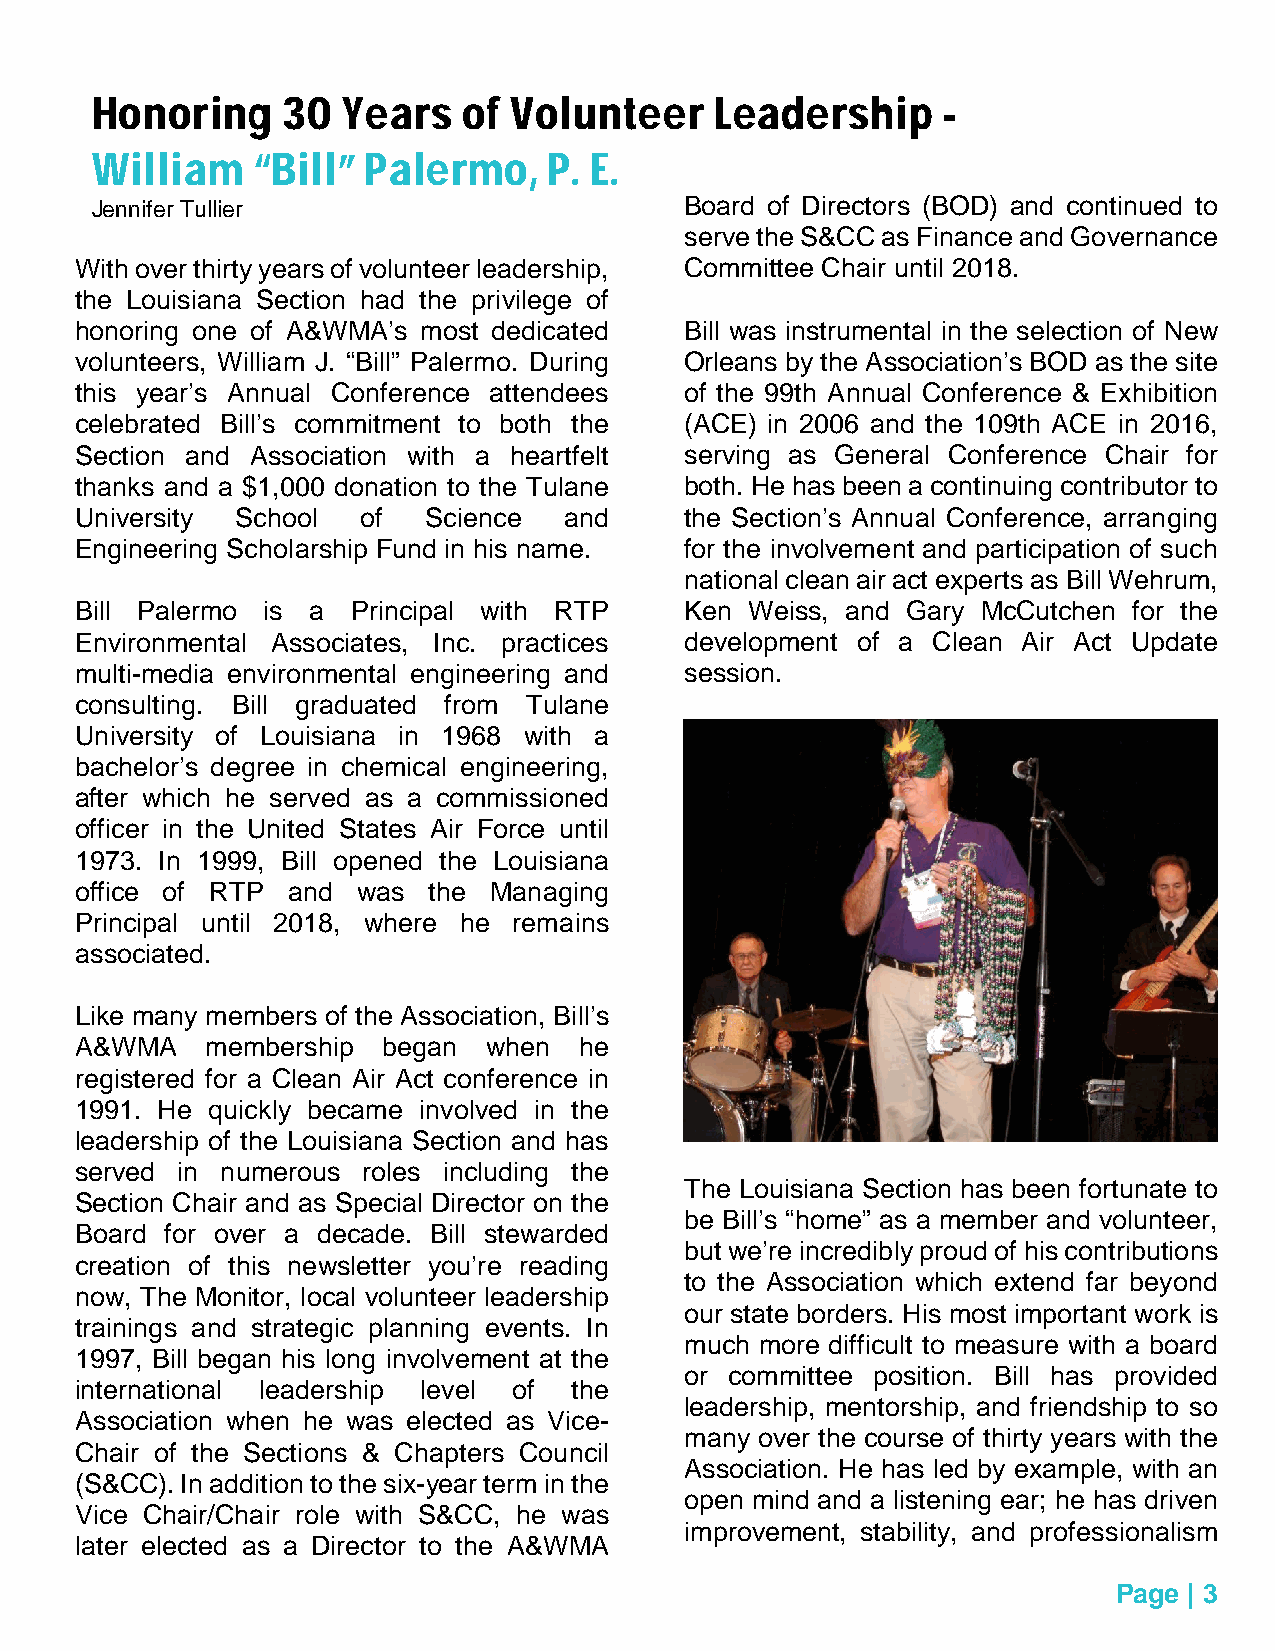
Honoring     30  Years   of Volunteer    Leadership     -
 William    “Bill” Palermo,    P. E.
 Jennifer Tullier                       Board of Directors (BOD) and continued to
 serve the S&CC as Finance and Governance
 With over thirty years of volunteer leadership, Committee Chair until 2018.
 the Louisiana Section had the privilege of
 honoring one of A&WMA’s most dedicated  Bill was instrumental in the selection of New
 volunteers, William J. “Bill” Palermo. During Orleans by the Association’s BOD as the site
 this year’s Annual Conference attendees of the 99th Annual Conference & Exhibition
 celebrated Bill’s commitment to both the (ACE) in 2006 and the 109th ACE in 2016,
 Section and Association with a heartfelt serving as General Conference Chair for
 thanks and a $1,000 donation to the Tulane both. He has been a continuing contributor to
 University School  of  Science  and     the Section’s Annual Conference, arranging
 Engineering Scholarship Fund in his name. for the involvement and participation of such
 national clean air act experts as Bill Wehrum,
 Bill Palermo is a Principal with RTP    Ken Weiss, and Gary McCutchen for the
 Environmental Associates, Inc. practices development of a Clean Air Act Update
 multi-media environmental engineering and session.
 consulting. Bill graduated from Tulane
 University of Louisiana in 1968 with a
 bachelor’s degree in chemical engineering,
 after which he served as a commissioned
 officer in the United States Air Force until
 1973. In 1999, Bill opened the Louisiana
 office of RTP and  was the Managing
 Principal until 2018, where he remains
 associated.
 Like many members of the Association, Bill’s
 A&WMA    membership began  when  he
 registered for a Clean Air Act conference in
 1991. He quickly became involved in the
 leadership of the Louisiana Section and has
 served in numerous roles including the
 The Louisiana Section has been fortunate to
 Section Chair and as Special Director on the
 be Bill’s “home” as a member and volunteer,
 Board for over a decade. Bill stewarded
 but we’re incredibly proud of his contributions
 creation of this newsletter you’re reading
 to the Association which extend far beyond
 now, The Monitor, local volunteer leadership
 our state borders. His most important work is
 trainings and strategic planning events. In
 much more difficult to measure with a board
 1997, Bill began his long involvement at the
 or committee position. Bill has provided
 international leadership level of the
 leadership, mentorship, and friendship to so
 Association when he was elected as Vice-
 many over the course of thirty years with the
 Chair of the Sections & Chapters Council
 Association. He has led by example, with an
 (S&CC). In addition to the six-year term in the
 open mind and a listening ear; he has driven
 Vice Chair/Chair role with S&CC, he was
 improvement, stability, and professionalism
 later elected as a Director to the A&WMA
 Page | 3